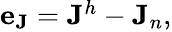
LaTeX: \begin{array}{r}{\mathbf{e}_{\mathbf{J}}=\mathbf{J}^{h}-\mathbf{J}_{n},}\end{array}